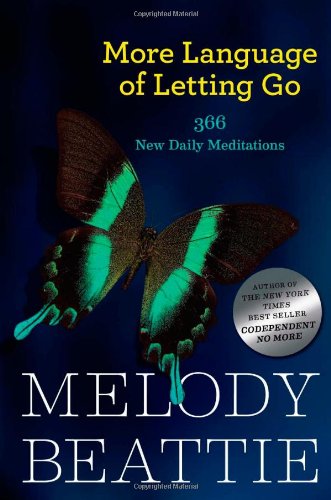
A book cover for More Language of Letting Go: 366 New Daily Meditations (Hazelden Meditation Series); Melody Beattie; Self-Help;